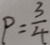
P = \frac { 3 } { 4 }